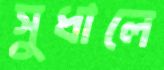
সুধালে